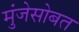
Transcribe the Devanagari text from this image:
मुंजेसोबत